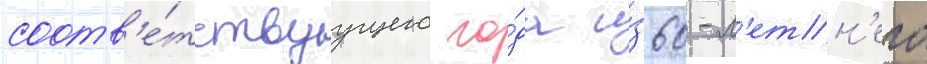
соотв'е́тствуущего го́да и́з 60-л'етн'его